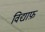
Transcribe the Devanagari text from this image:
विद्याफ़